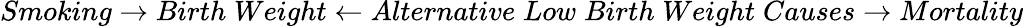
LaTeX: Smoking\rightarrow Birth\; Weight\leftarrow Alternative\; Low\; Birth\; Weight\; Causes\rightarrow Mortality